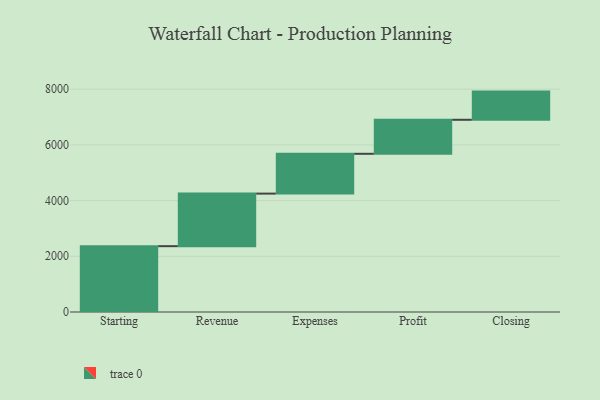
{"axis": {"x": "Step", "y": "Value"}, "legend": [""], "data": [{"x": "Starting", "y": 2364.0, "type": ""}, {"x": "Revenue", "y": 1887.0, "type": ""}, {"x": "Expenses", "y": 1429.0, "type": ""}, {"x": "Profit", "y": 1221.0, "type": ""}, {"x": "Closing", "y": 1012.0, "type": ""}]}